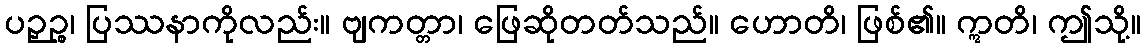
ပဉှဉ္စ၊ ပြဿနာကိုလည်း။ ဗျကတ္တာ၊ ဖြေဆိုတတ်သည်။ ဟောတိ၊ ဖြစ်၏။ ဣတိ၊ ဤသို့။